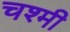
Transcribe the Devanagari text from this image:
चश्मी